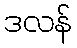
ဒလန်